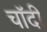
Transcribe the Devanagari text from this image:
चॉदी